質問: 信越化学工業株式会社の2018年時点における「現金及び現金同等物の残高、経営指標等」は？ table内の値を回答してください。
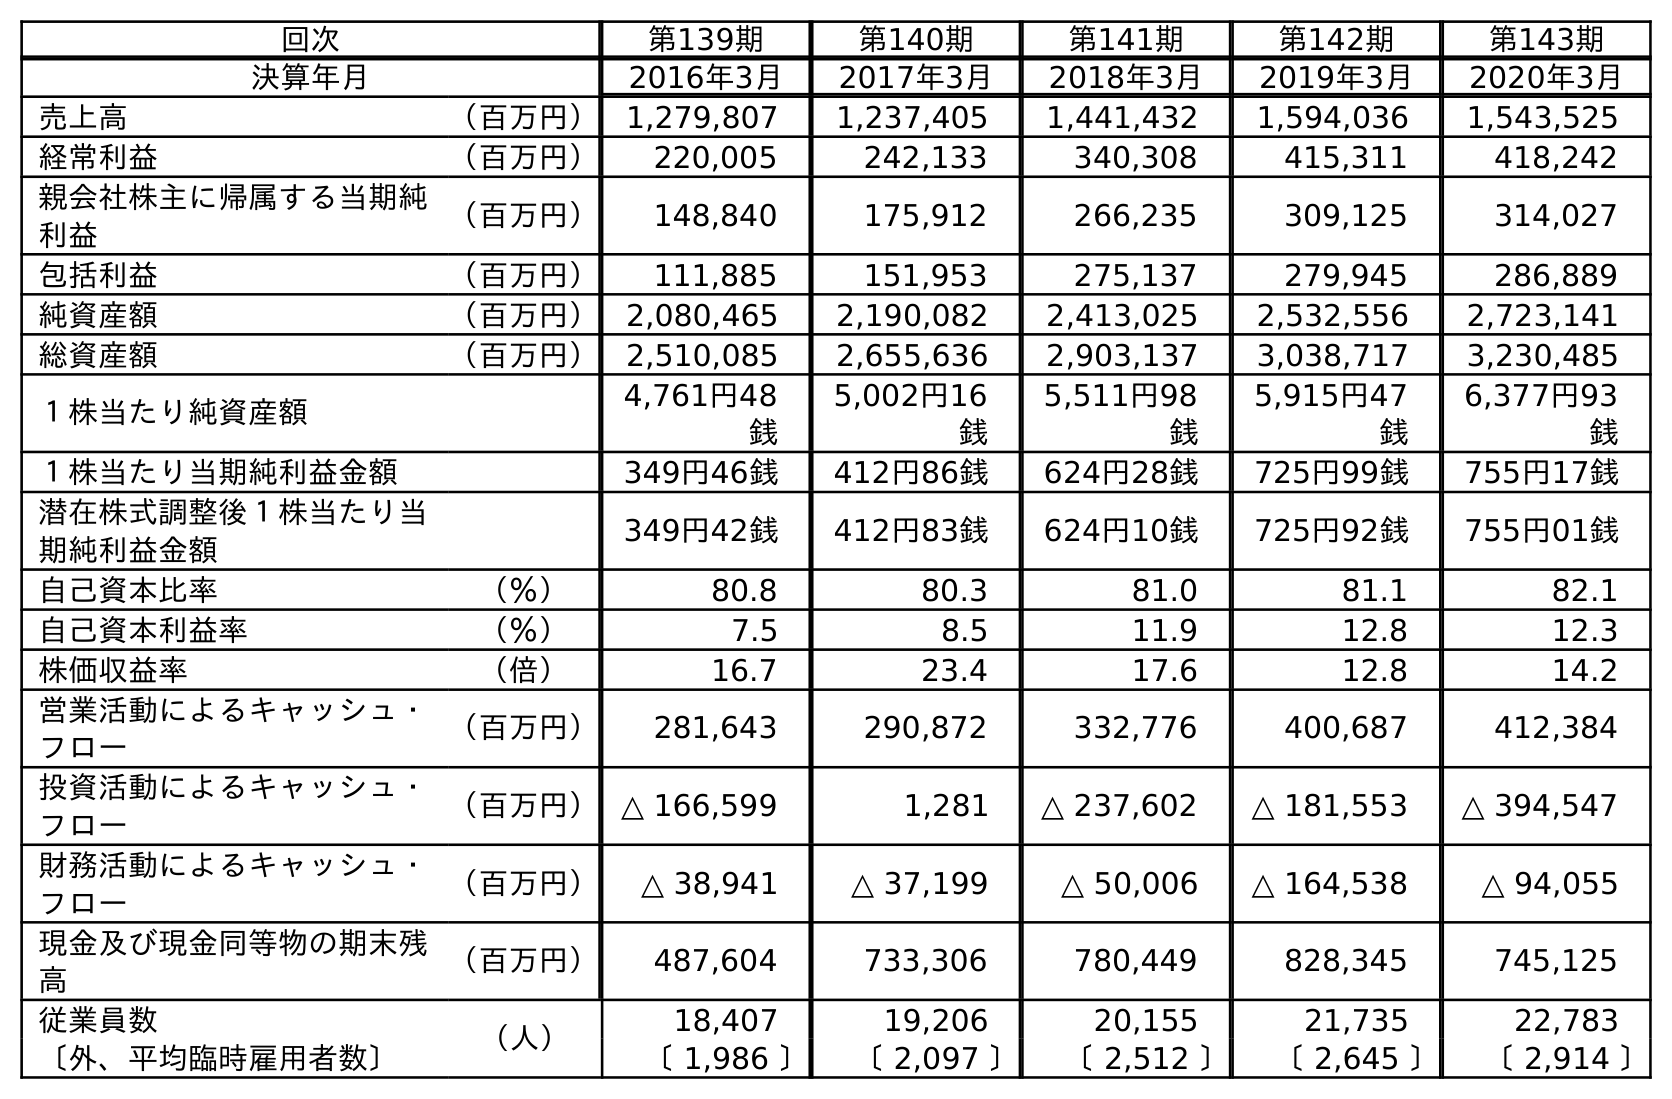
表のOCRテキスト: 回次 第139期 第140期 第141期 第142期 第143期 決算年月 2016年3月 2017年3月 2018年3月 2019年3月 2020年3月 売上高 （百万円） 1,279,807 1,237,405 1,441,432 1,594,036 1,543,525 経常利益 （百万円） 220,005 242,133 340,308 415,311 418,242 親会社株主に帰属する当期純 利益 （百万円） 148,840 175,912 266,235 309,125 314,027 包括利益 （百万円） 111,885 151,953 275,137 279,945 286,889 純資産額 （百万円） 2,080,465 2,190,082 2,413,025 2,532,556 2,723,141 総資産額 （百万円） 2,510,085 2,655,636 2,903,137 3,038,717 3,230,485 １株当たり純資産額 4,761円48 銭 5,002円16 銭 5,511円98 銭 5,915円47 銭 6,377円93 銭 １株当たり当期純利益金額 349円46銭 412円86銭 624円28銭 725円99銭 755円17銭 潜在株式調整後１株当たり当 期純利益金額 349円42銭 412円83銭 624円10銭 725円92銭 755円01銭 自己資本比率 （％） 80.8 80.3 81.0 81.1 82.1 自己資本利益率 （％） 7.5 8.5 11.9 12.8 12.3 株価収益率 （倍） 16.7 23.4 17.6 12.8 14.2 営業活動によるキャッシュ・ フロー （百万円） 281,643 290,872 332,776 400,687 412,384 投資活動によるキャッシュ・ フロー （百万円）△ 166,599 1,281 △ 237,602 △ 181,553 △ 394,547 財務活動によるキャッシュ・ フロー （百万円） △ 38,941 △ 37,199 △ 50,006 △ 164,538 △ 94,055 現金及び現金同等物の期末残 高 （百万円） 487,604 733,306 780,449 828,345 745,125 従業員数 （人） 18,407 19,206 20,155 21,735 22,783 〔外、平均臨時雇用者数〕 〔 1,986 〕 〔 2,097 〕 〔 2,512 〕 〔 2,645 〕 〔 2,914 〕
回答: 780,449